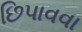
છિપાવવા